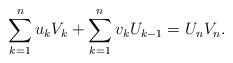
\begin{align*}\sum_{k=1}^{n} u_k V_k + \sum_{k=1}^{n} v_k U_{k-1} = U_n V_n .\end{align*}